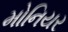
મોનિયર